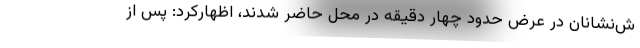
ش‌نشانان در عرض حدود چهار دقیقه در محل حاضر شدند، اظهارکرد:‌ پس از